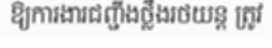
ឱ្យការងារជញ្ជីងថ្លឹងរថយន្ត ត្រូវ